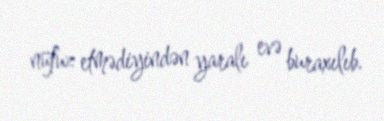
nüfuz etmədiyindən yaralı evə buraxılıb.